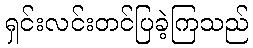
ရှင်းလင်းတင်ပြခဲ့ကြသည်